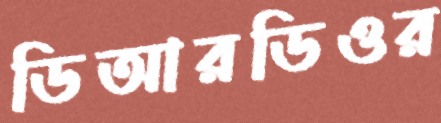
ডিআরডিওর